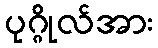
ပုဂ္ဂိုလ်အား